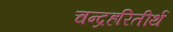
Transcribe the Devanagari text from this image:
चन्द्रहरितीर्थ